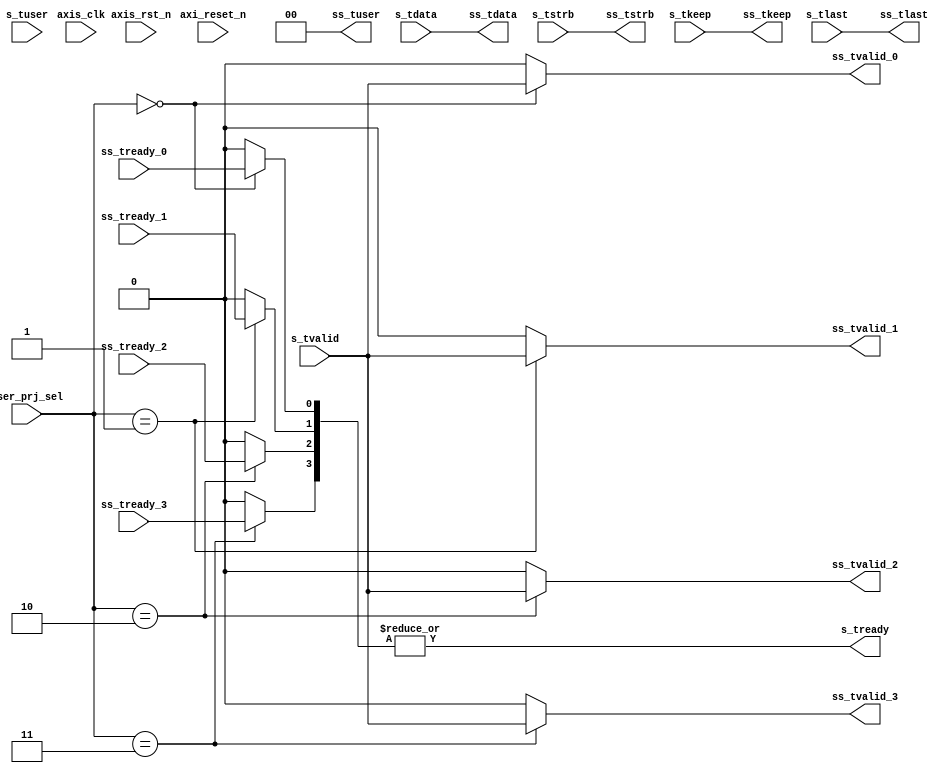
//////////////////////////////////////////////////////////////////////////////////
//
// Design Name:
// Module Name: AXIS_SLAV
// Project Name:
// Target Devices:
// Tool Versions:
// Description:
//
// Dependencies:
//
// Revision:
// Revision 0.01 - File Created
// Additional Comments:
//
//////////////////////////////////////////////////////////////////////////////////
module AXIS_SLAV #( parameter pUSER_PROJECT_SIDEBAND_WIDTH = 5,
          parameter pADDR_WIDTH   = 12,
                    parameter pDATA_WIDTH   = 32
                  )
(
  output wire                        ss_tvalid_0,
  output wire  [(pDATA_WIDTH-1) : 0] ss_tdata,
  output wire                 [1: 0] ss_tuser,
`ifdef USER_PROJECT_SIDEBAND_SUPPORT
  output  wire                 [pUSER_PROJECT_SIDEBAND_WIDTH-1: 0] ss_tupsb,
`endif
  output wire                 [3: 0] ss_tstrb,
  output wire                 [3: 0] ss_tkeep,
  output wire                        ss_tlast,
  output wire                        ss_tvalid_1,
  output wire                        ss_tvalid_2,
  output wire                        ss_tvalid_3,
  input  wire                        ss_tready_0,
  input  wire                        ss_tready_1,
  input  wire                        ss_tready_2,
  input  wire                        ss_tready_3,
  input  wire                        s_tvalid,
  input  wire  [(pDATA_WIDTH-1) : 0] s_tdata,
  input  wire                 [1: 0] s_tuser,
`ifdef USER_PROJECT_SIDEBAND_SUPPORT
  input  wire                 [pUSER_PROJECT_SIDEBAND_WIDTH-1: 0] s_tupsb,
`endif
  input  wire                 [3: 0] s_tstrb,
  input  wire                 [3: 0] s_tkeep,
  input  wire                        s_tlast,
  output wire                        s_tready,
  input  wire                        axis_clk,
  input  wire                        axi_reset_n,
  input  wire                        axis_rst_n,
  input  wire                 [4: 0] user_prj_sel
);

//common part
assign ss_tdata =  s_tdata;
assign ss_tuser =  2'b00;    //UP always received tuser = 2'b00, the tuser is used by AS, should not send to UP.
`ifdef USER_PROJECT_SIDEBAND_SUPPORT
  assign ss_tupsb =  s_tupsb;
`endif
assign ss_tstrb =  s_tstrb;
assign ss_tkeep =  s_tkeep;
assign ss_tlast =  s_tlast;

wire [3:0] s_tready_bus;
assign  s_tready = |s_tready_bus;

//user project 0 
assign ss_tvalid_0 =  (user_prj_sel == 5'b00000)  ? s_tvalid : 0;
assign s_tready_bus[0] = (user_prj_sel == 5'b00000)  ? ss_tready_0 : 0;

//user project 1 
assign ss_tvalid_1 =  (user_prj_sel == 5'b00001)  ? s_tvalid : 0;
assign s_tready_bus[1] = (user_prj_sel == 5'b00001)  ? ss_tready_1 : 0;

//user project 2 
assign ss_tvalid_2 =  (user_prj_sel == 5'b00010)  ? s_tvalid : 0;
assign s_tready_bus[2] = (user_prj_sel == 5'b00010)  ? ss_tready_2 : 0;

//user project 3 
assign ss_tvalid_3 =  (user_prj_sel == 5'b00011)  ? s_tvalid : 0;
assign s_tready_bus[3] = (user_prj_sel == 5'b00011)  ? ss_tready_3 : 0;




endmodule // AXIS_SLAV